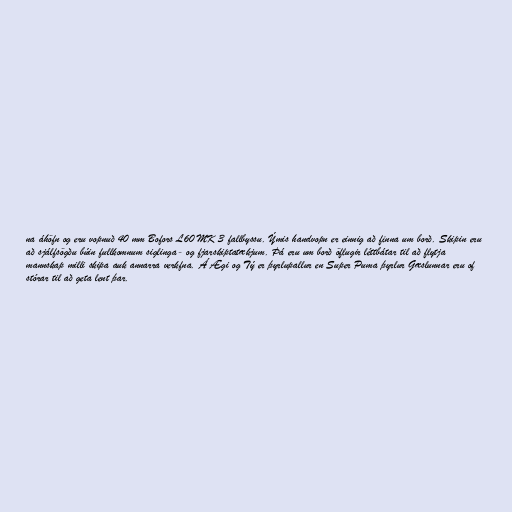
na áhöfn og eru vopnuð 40 mm Bofors L60 MK 3 fallbyssu. Ýmis handvopn er einnig að finna um borð. Skipin eru
að sjálfsögðu búin fullkomnum siglinga- og fjarskiptatækjum. Þá eru um borð öflugir léttbátar til að flytja
mannskap milli skipa auk annarra verkfna. Á Ægi og Tý er þyrlupallur en Super Puma þyrlur Gæslunnar eru of
stórar til að geta lent þar.